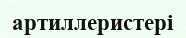
артиллеристері